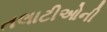
તલાટીઓની